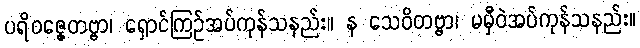
ပရိဝဇ္ဇေတဗ္ဗာ၊ ရှောင်ကြဉ်အပ်ကုန်သနည်း။ န သေဝိတဗ္ဗာ၊ မမှီဝဲအပ်ကုန်သနည်း။